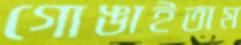
গোঙাইতাম